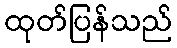
ထုတ်ပြန်သည်